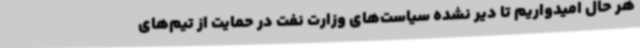
هر حال امیدواریم تا دیر نشده سیاست‌های وزارت نفت در حمایت از تیم‌های